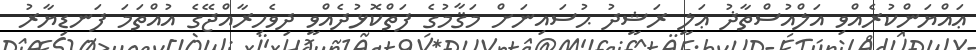
ޢައްޔަންކުރެއްވި އަލްއުސްތާޛު ޢަލީ ރަޝީދު ޙުސައިނަށް މަޤާމުގެ ފަތްކޮޅުދެއްވީ ދިވެހިރާއްޖޭގެ އުއްތަމަ ފަނޑިޔާރު